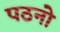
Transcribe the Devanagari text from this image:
पठनो